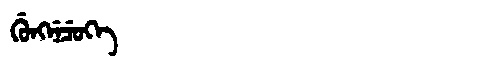
Manchu: ᡤᡠᠩᠨᡝᠴᡠᡴᡝ
Romanization: GUNGNECUKE